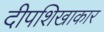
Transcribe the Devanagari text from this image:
दीपशिखाकार